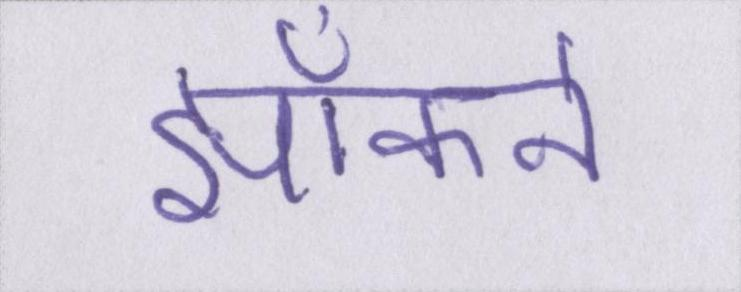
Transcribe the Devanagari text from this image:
झाँकने